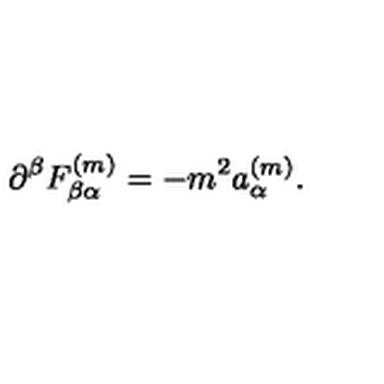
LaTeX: \partial ^ { \beta } F _ { \beta \alpha } ^ { ( m ) } = - m ^ { 2 } a _ { \alpha } ^ { ( m ) } .